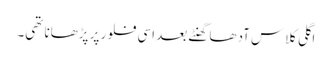
اگلی کلاس آدھا گھنٹے بعد اسی فلور پر پڑھانا تھی۔